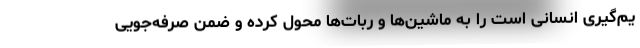
یم‌گیری انسانی است را به ماشین‌ها و ربات‌ها محول کرده و ضمن صرفه‌جویی